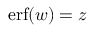
\operatorname { e r f } ( w ) = z